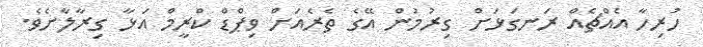
ހުރިހާ އެއްޗެއް ރަނގަޅަށް ގިރުމުން އޭގެ ތެރެއަށް ވިޕްޑް ކްރީމް އަޅާ ގިރާލާށެވެ.